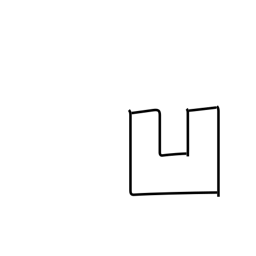
Meaning: sunken